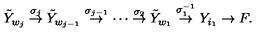
\tilde { Y } _ { w _ { j } } \stackrel { \sigma _ { j } } { \rightarrow } \tilde { Y } _ { w _ { j - 1 } } \stackrel { \sigma _ { j - 1 } } { \rightarrow } \cdots \stackrel { \sigma _ { 2 } } { \rightarrow } \tilde { Y } _ { w _ { 1 } } \stackrel { \sigma _ { 1 } ^ { - 1 } } { \rightarrow } Y _ { i _ { 1 } } \rightarrow F .